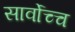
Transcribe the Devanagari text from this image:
सार्वोच्च